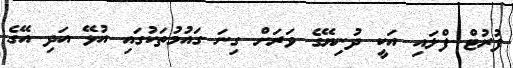
ފުރުޓް ފްލައި އަކީ ދުނިޔޭގެ ވަރަށް ގިނަ ގައުމުތަކުގައި އުޅޭ އަދި އޭގެ